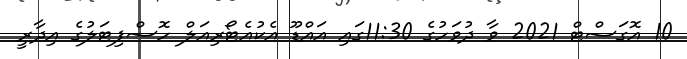
10 އޮގަސްޓް 2021 ވާ ދުވަހުގެ 11:30ގައި އައްޑޫ އެކުއެޓޯރިއަލް ހޮސްޕިޓަލުގެ އިދާރީ